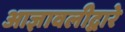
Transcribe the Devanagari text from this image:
आज्ञावलीद्वारे